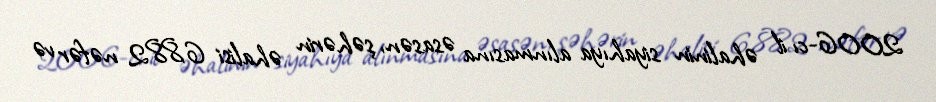
2006-cı il əhalinin siyahıya alınmasına əsasən, şəhərin əhalisi 6,882 nəfər və